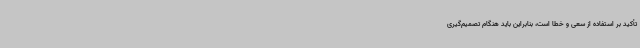
تأکید بر استفاده از سعی و خطا است، بنابراین باید هنگام تصمیم‌گیری